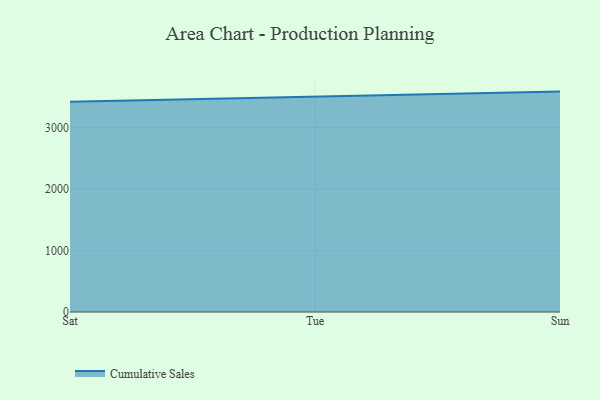
{"axis": {"x": "Day", "y": "Inventory Turnover"}, "legend": ["Cumulative Sales"], "data": [{"x": "Sat", "y": 3418.8, "type": "Cumulative Sales"}, {"x": "Tue", "y": 3500.9, "type": "Cumulative Sales"}, {"x": "Sun", "y": 3583.0, "type": "Cumulative Sales"}]}